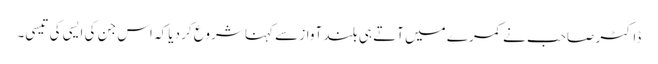
ڈاکٹر صاحب نے کمرے میں آتے ہی بلند آواز سے کہنا شروع کر دیا کہ اس جن کی ایسی کی تیسی۔